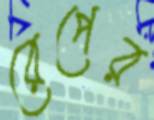
রেপের